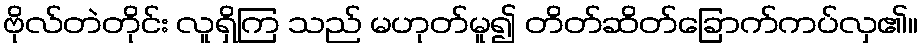
ဗိုလ်တဲတိုင်း လူရှိကြ သည် မဟုတ်မူ၍ တိတ်ဆိတ်ခြောက်ကပ်လှ၏။